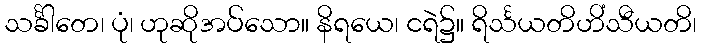
သင်္ခါတေ၊ ပုံ၊ ဟုဆိုအပ်သော။ နိရယေ၊ ငရဲ၌။ ရိင်္သယတိဟိံသီယတိ၊